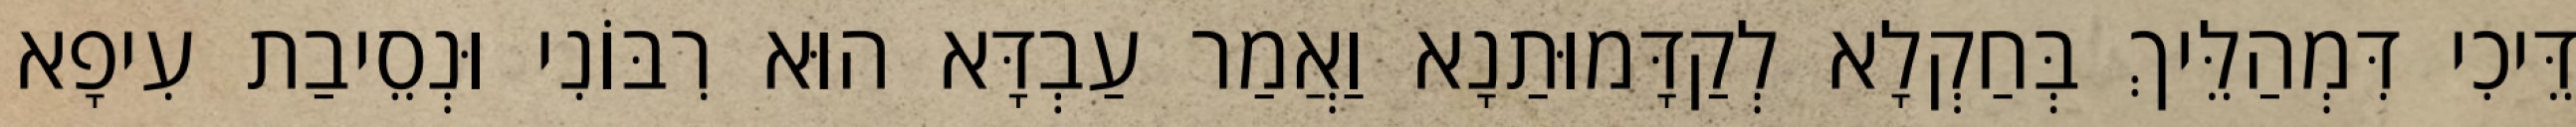
דֵּיכִי דִּמְהַלֵּיךְ בְּחַקְלָא לְקַדָּמוּתַנָא וַאֲמַר עַבְדָּא הוּא רִבּוֹנִי וּנְסֵיבַת עִיפָא